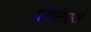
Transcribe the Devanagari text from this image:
लिनिएज